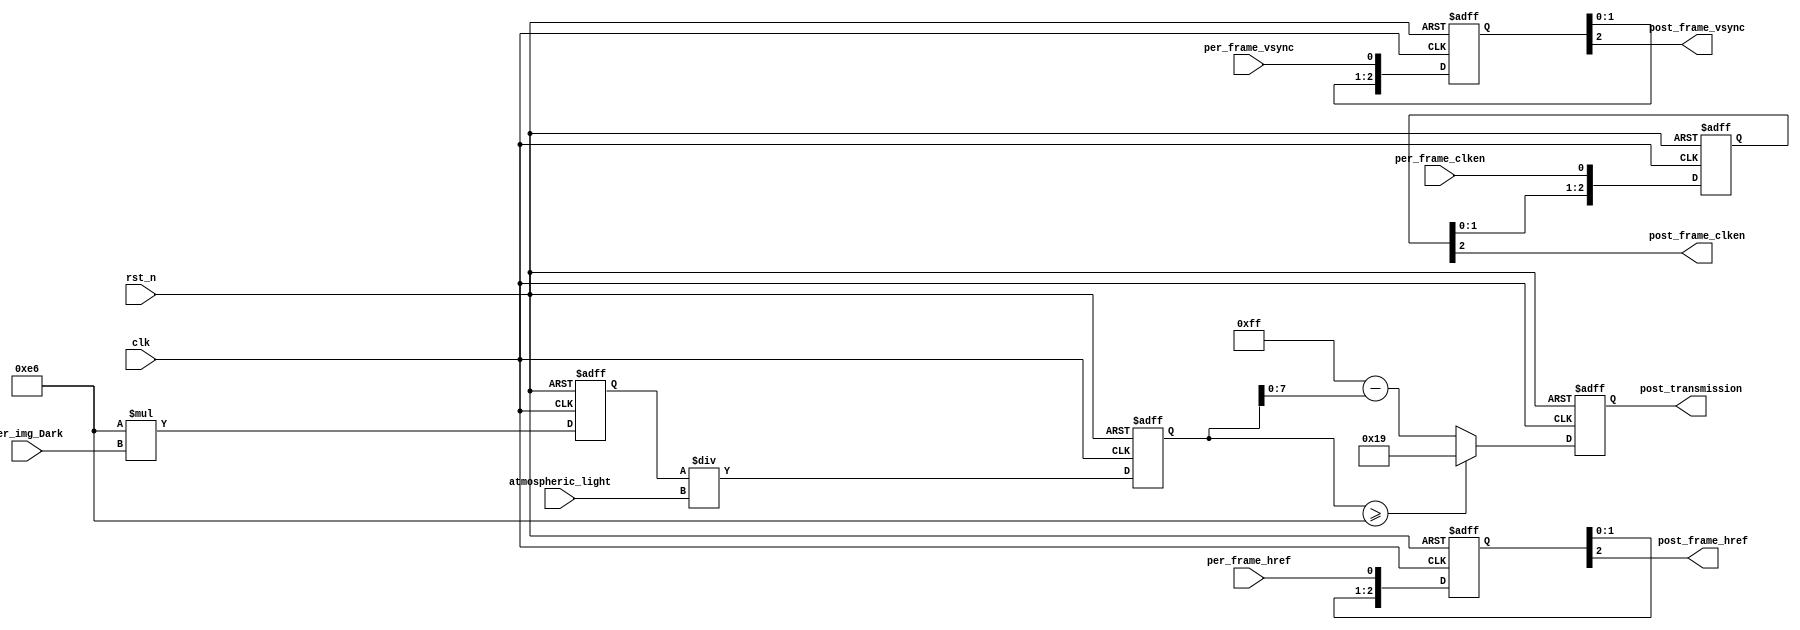
//

//

`timescale 1ns/1ns
module VIP_Transmission_Map
(
    //global clk
    input               clk,
    input               rst_n,
    
    //Image data prepared to be processed
    input               per_frame_vsync ,
    input               per_frame_href  ,
    input               per_frame_clken ,
    
    input       [7:0]   per_img_Dark    ,   //
    input       [7:0]   atmospheric_light,  //
    
    //Image data has been processed
    output              post_frame_vsync,
    output              post_frame_href ,
    output              post_frame_clken,
    output      [7:0]   post_transmission   //

);

//w = 0.9
parameter W_MULT_255 = 230; // 0.9 * 255

//t0 = 0.1
parameter T_MIN     = 25; //

// t = 1 - w * (Dark/atmospheric_light)
//----------->   post_transmission = t*255 = 255 - W_MULT_255 * Dark/atmospheric_light

//----------------------------------------------------------
//,

reg [15:0]  w255_mult_dark;

always@(posedge clk or negedge rst_n) begin
    if(!rst_n) begin
        w255_mult_dark <= 16'd0;
    end
    else begin
        w255_mult_dark <= W_MULT_255 * per_img_Dark; 
    end
end

//

reg [15:0]  w255xdark_div_atmos;

always@(posedge clk or negedge rst_n) begin
    if(!rst_n) begin
        w255xdark_div_atmos <= 16'd0;
    end
    else begin
        w255xdark_div_atmos <= w255_mult_dark / atmospheric_light;
    end
end

//
reg [15:0]  transmission;

always@(posedge clk or negedge rst_n) begin
    if(!rst_n) begin
        transmission <= 16'd0;
    end
    else begin
        if(w255xdark_div_atmos >= 255 - T_MIN)
            transmission <= T_MIN;
        else    
            transmission <= 255 - w255xdark_div_atmos;
    end
end

assign post_transmission = transmission[7:0];

//-----------------------------------
//lag 3 clocks signal sync
reg [2:0]   per_frame_vsync_r;
reg [2:0]   per_frame_href_r;
reg [2:0]   per_frame_clken_r;

//
always@(posedge clk or negedge rst_n) begin
    if(!rst_n) begin
        per_frame_vsync_r <= 0;
        per_frame_href_r  <= 0;
        per_frame_clken_r <= 0;
    end
    else begin
        per_frame_vsync_r <= { per_frame_vsync_r[1:0], per_frame_vsync};
        per_frame_href_r  <= { per_frame_href_r[1:0],  per_frame_href};
        per_frame_clken_r <= { per_frame_clken_r[1:0], per_frame_clken};
    end
end

assign post_frame_vsync =   per_frame_vsync_r[2];
assign post_frame_href  =   per_frame_href_r[2];
assign post_frame_clken =   per_frame_clken_r[2];

endmodule